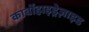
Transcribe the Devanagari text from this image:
कार्बोहाइड्रेज़ाइड